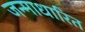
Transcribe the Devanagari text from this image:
जन्‍माधारित